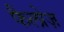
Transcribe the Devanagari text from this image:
फैलोज़